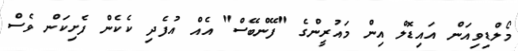
މޯލްޑިވިއަން އައިޑޮލް އިން މައުރީންގެ "ފޭންބޭސް" އެއް އުފެދި ކެކެން ފެށިކަން ވެސް